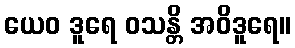
ယေဝ ဒူရေ ဝသန္တိ အဝိဒူရေ။